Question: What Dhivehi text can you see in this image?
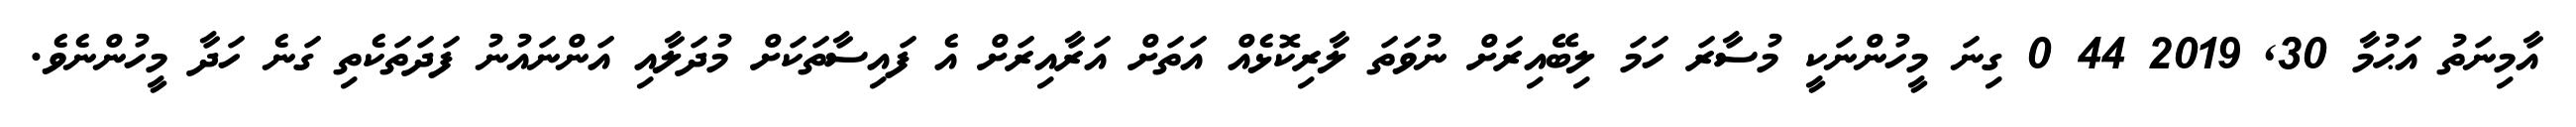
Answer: އާމިނަތު އަޙުމާ 30, 2019 44 0 ގިނަ މީހުންނަކީ މުސާރަ ހަމަ ލިބޭއިރަށް ނުވަތަ ލާރިކޮޅެއް އަތަށް އަރާއިރަށް އެ ފައިސާތަކަށް މުދަލާއި އަންނައުނު ފަދަތަކެތި ގަނެ ހަދާ މީހުންނެވެ.